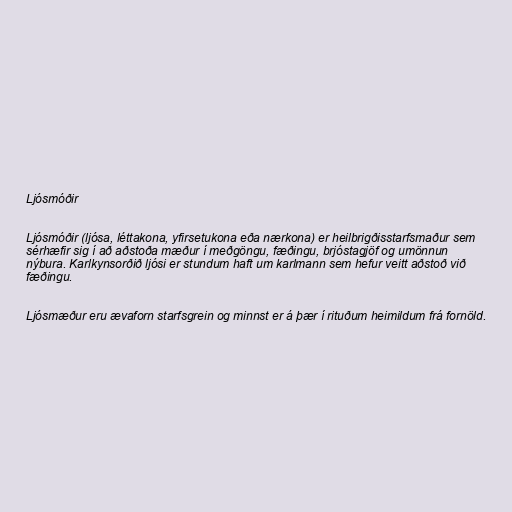
Ljósmóðir

Ljósmóðir (ljósa, léttakona, yfirsetukona eða nærkona) er heilbrigðisstarfsmaður sem
sérhæfir sig í að aðstoða mæður í meðgöngu, fæðingu, brjóstagjöf og umönnun
nýbura. Karlkynsorðið ljósi er stundum haft um karlmann sem hefur veitt aðstoð við
fæðingu.

Ljósmæður eru ævaforn starfsgrein og minnst er á þær í rituðum heimildum frá fornöld.